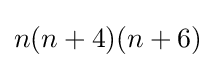
n(n+4)(n+6)